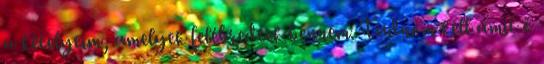
a kételyeim, amelyek felébredtek bennem. Tudnom kell amit ő